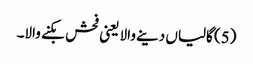
(5) گالیاں دینے والا یعنی فحش بکنے والا۔